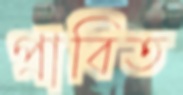
প্রাবিত